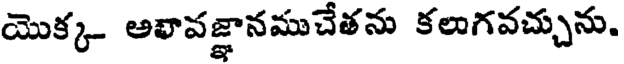
యొక్క అభావజ్ఞానముచేతను కలుగవచ్చును.